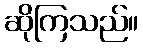
ဆိုကြသည်။